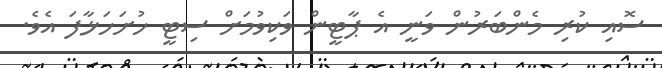
ސޮއި ކުރި މެންބަރުން ވަނީ އެ ޕާޓީން ވަކިވުމަށް ސިޓީ ހުށަހަޅާފަ އެވެ.